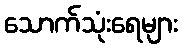
သောက်သုံးရေများ